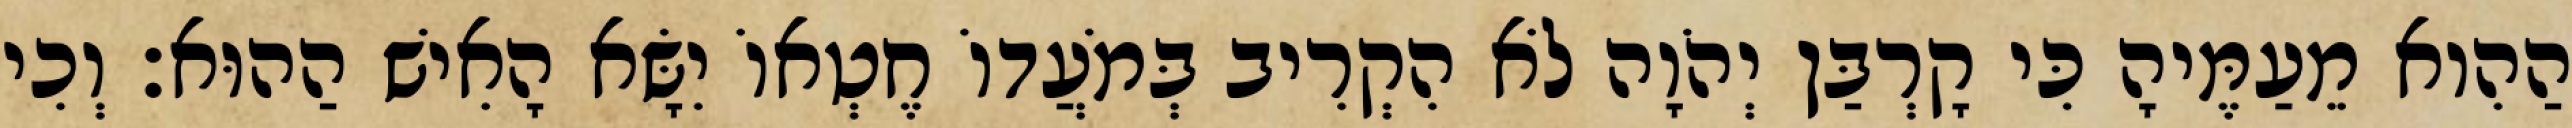
הַהִוא מֵעַמֶּיהָ כִּי קָרְבַּן יְהֹוָה לֹא הִקְרִיב בְּמֹעֲדוֹ חֶטְאוֹ יִשָּׂא הָאִישׁ הַהוּא׃ וְכִי